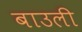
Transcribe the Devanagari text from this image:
बाउली